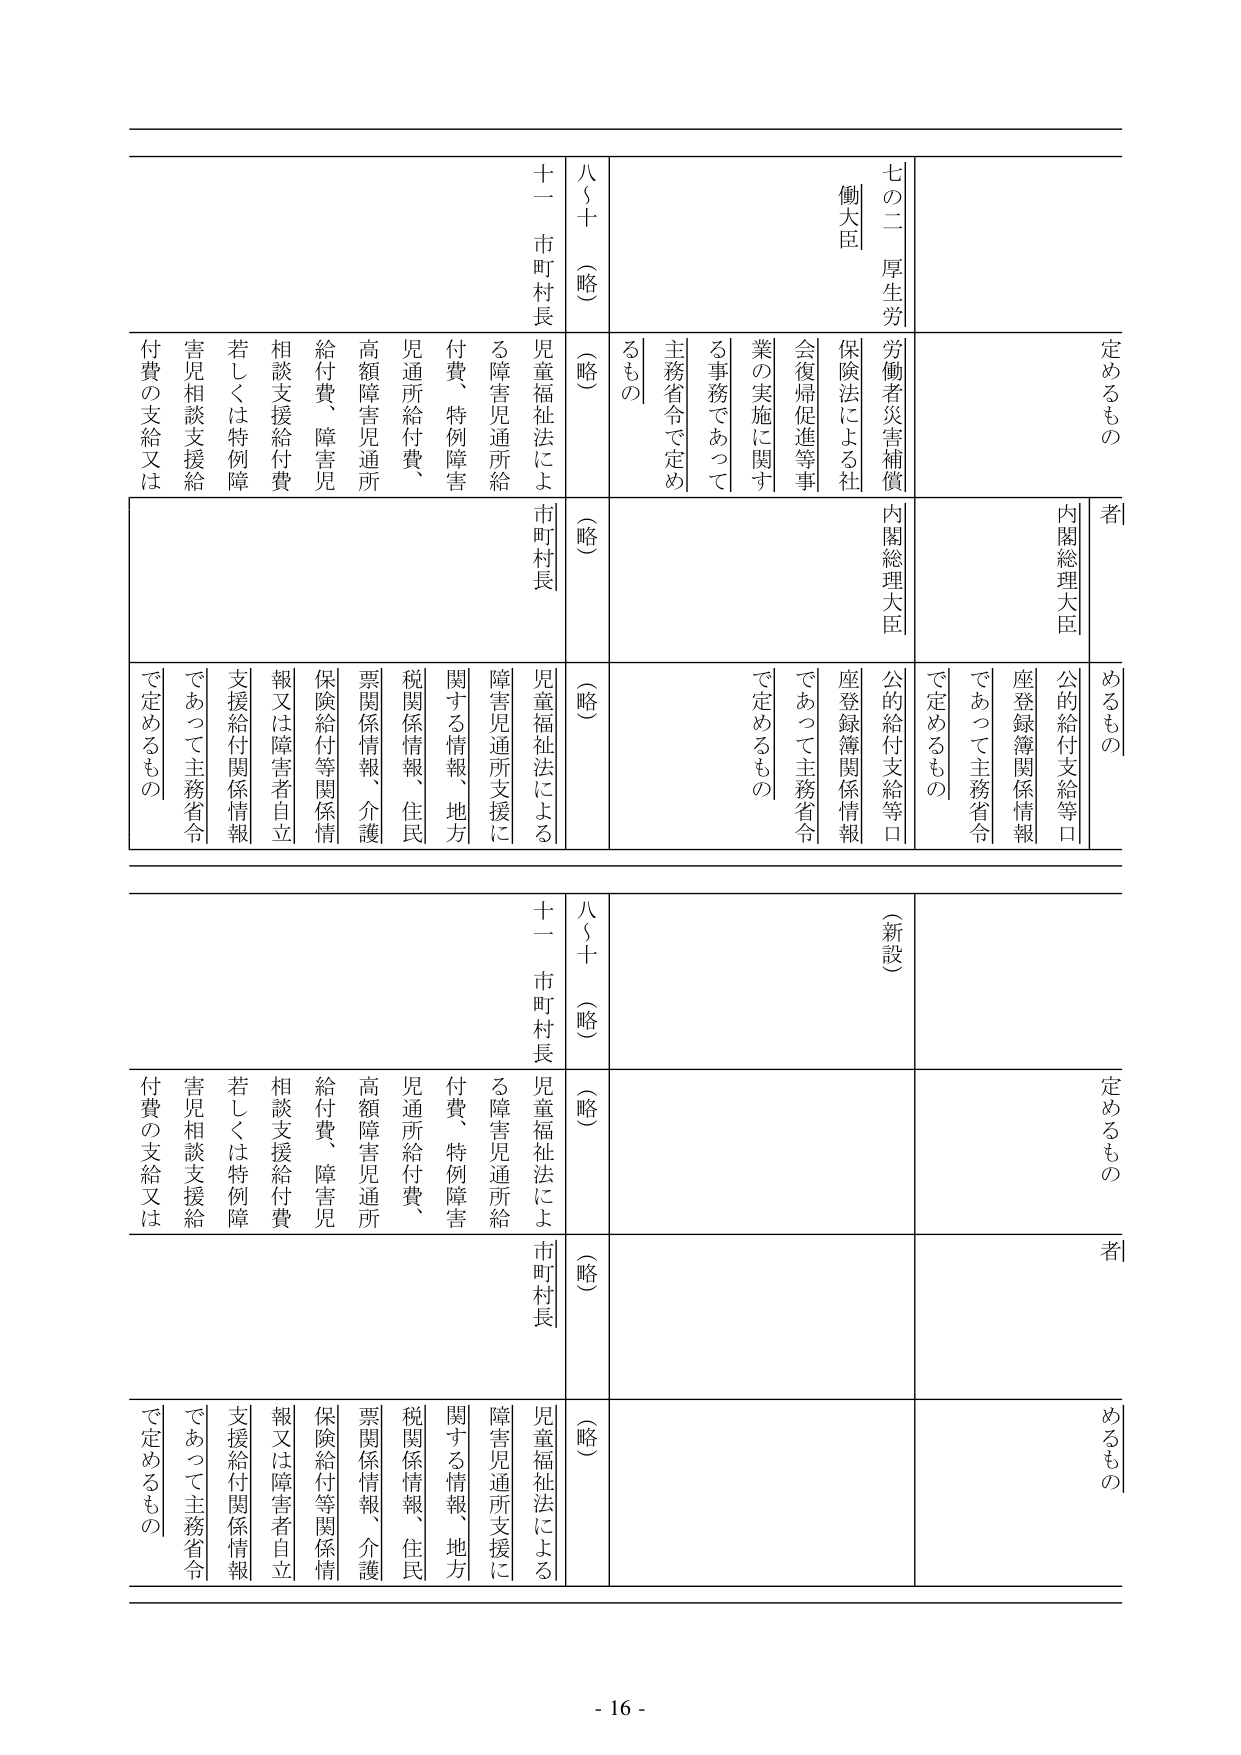
定めるもの
者
内閣総理大臣
公的給付支給等口
座登録簿関係情報
であって主務省令
で定めるもの
労働者災害補償
保険法による社会復帰促進等事業の実施に関する事務であって主務省令で定めるもの
七の二 厚生労働大臣
八～十 （略）
（略）
十一 市町村長
児童福祉法による障害児通所給付費、特例障害児通所給付費、高額障害児通所給付費、障害児相談支援給付費、若しくは特例障害児相談支援給付費の支給又は
市町村長
児童福祉法による障害児通所支援に関する情報、地方税関係情報、住民票関係情報、介護保険給付等関係情報又は障害者自立支援給付関係情報であって主務省令で定めるもの

（新設）
定めるもの
者
公的給付支給等口
座登録簿関係情報
であって主務省令
で定めるもの
労働者災害補償
保険法による社会復帰促進等事業の実施に関する事務であって主務省令で定めるもの
七の二 厚生労働大臣
八～十 （略）
（略）
十一 市町村長
児童福祉法による障害児通所給付費、特例障害児通所給付費、高額障害児通所給付費、障害児相談支援給付費、若しくは特例障害児相談支援給付費の支給又は
市町村長
児童福祉法による障害児通所支援に関する情報、地方税関係情報、住民票関係情報、介護保険給付等関係情報又は障害者自立支援給付関係情報であって主務省令で定めるもの

- 16 -